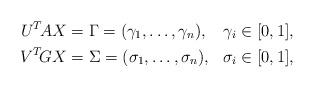
LaTeX: \begin{align*}\begin{aligned}U^T\!AX &= \Gamma = (\gamma_1,\dots,\gamma_n), &\gamma_i\in [0,1],\\V^T\!GX &=\Sigma = (\sigma_1,\dots,\sigma_n), &\sigma_i\in [0,1],\end{aligned}\end{align*}